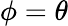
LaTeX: \phi=\theta